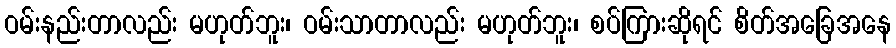
ဝမ်းနည်းတာလည်း မဟုတ်ဘူး၊ ဝမ်းသာတာလည်း မဟုတ်ဘူး၊ စပ်ကြားဆိုရင် စိတ်အခြေအနေ